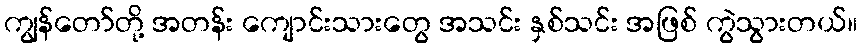
ကျွန်တော်တို့ အတန်း ကျောင်းသားတွေ အသင်း နှစ်သင်း အဖြစ် ကွဲသွားတယ်။